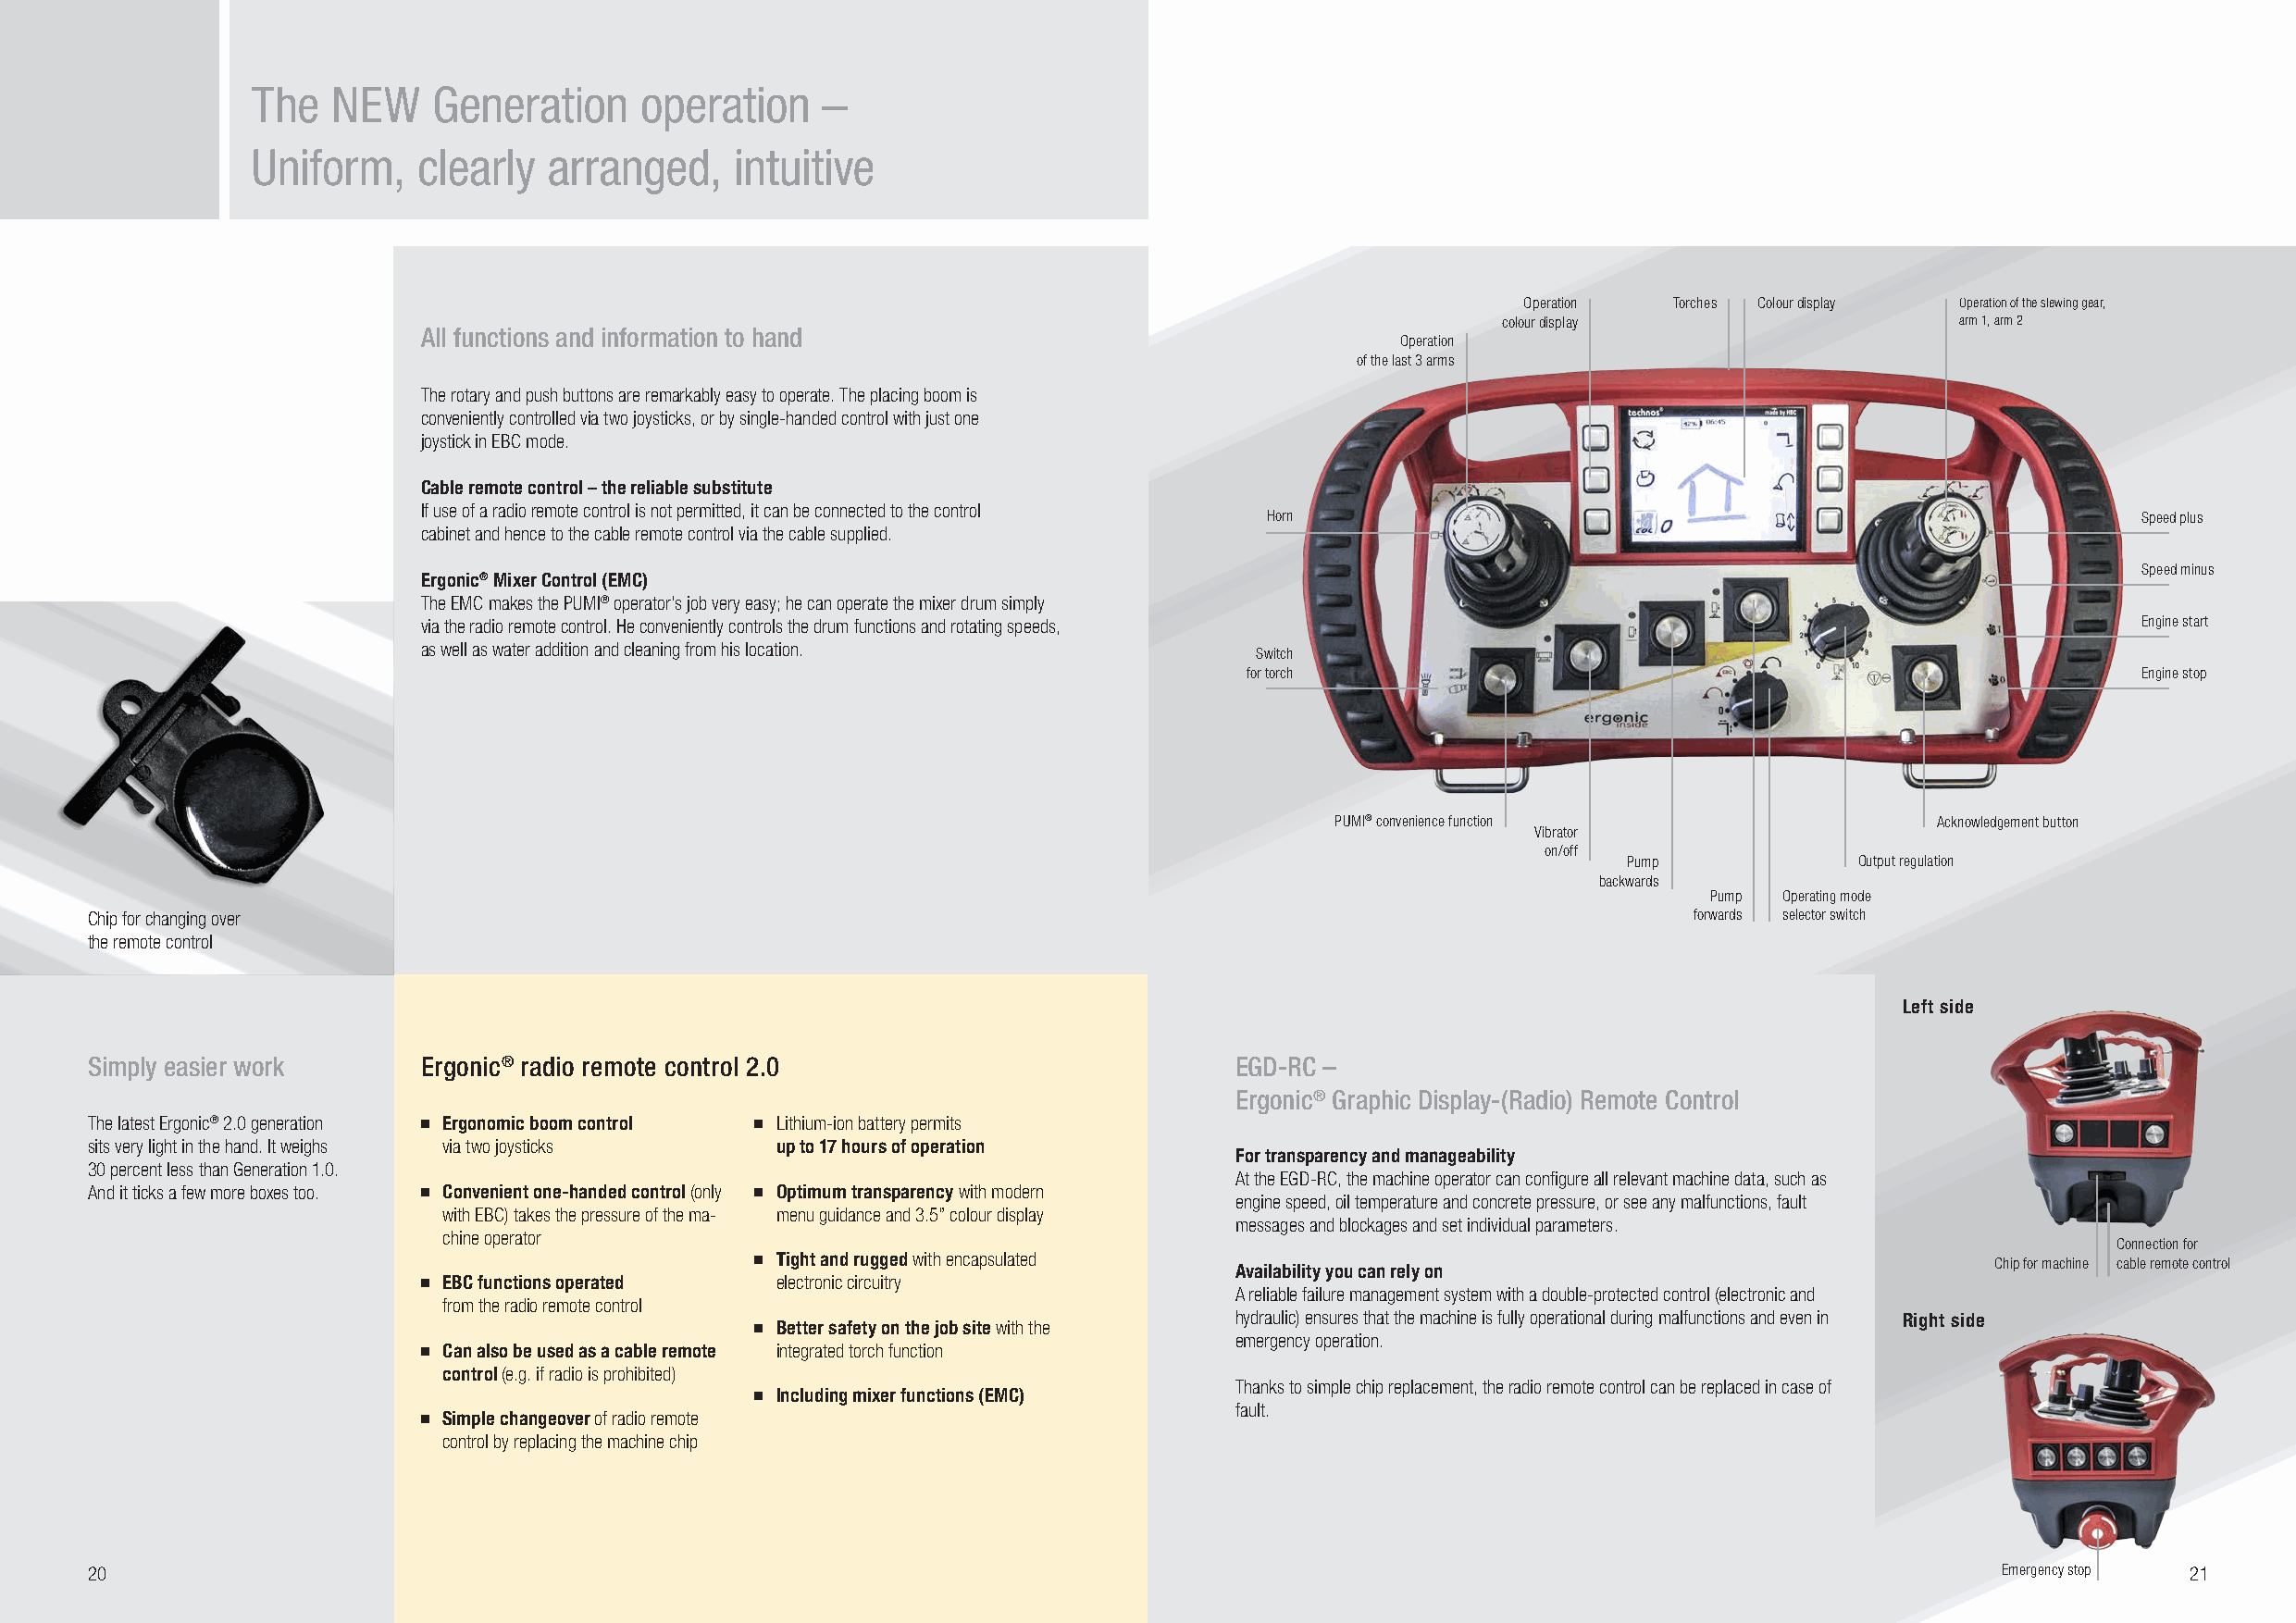
The   NEW    Generation     operation    –
 Uniform,    clearly  arranged,    intuitive
 Operation  Torches Colour display Operation of the slewing gear,
 colour display                   arm 1, arm 2
 All functions and information to hand
 Operation
 of the last 3 arms
 The rotary and push buttons are remarkably easy to operate. The placing boom is
 conveniently controlled via two joysticks, or by single-handed control with just one
 joystick in EBC mode.
 Cable remote control – the reliable substitute
 If use of a radio remote control is not permitted, it can be connected to the control
 Horn                                                          Speed plus
 cabinet and hence to the cable remote control via the cable supplied.
 Speed minus
 Ergonic® Mixer Control (EMC)
 The EMC makes the PUMI® operator’s job very easy; he can operate the mixer drum simply
 via the radio remote control. He conveniently controls the drum functions and rotating speeds,                             Engine start
 as well as water addition and cleaning from his l ocation.
 Switch
 for torch                                                       Engine stop
 PUMI® convenience function                  Acknowledgement button
 Vibrator
 on/off
 Pump             Output regulation
 b ackwards
 Pump  Operating mode
 Chip for changing over                                                                                             f orwards selector switch
 the remote control
 Left side
 Simply easier work      Ergonic® radio remote control 2.0                         EGD-RC –
 Ergonic® Graphic Display-(Radio) Remote Control
 The latest Ergonic® 2.0 generation ■■ Ergonomic boom control ■■ Lithium-ion battery permits
 sits very light in the hand. It weighs via two joysticks up to 17 hours of operation
 For transparency and manageability
 30 percent less than Generation 1.0.
 At the EGD-RC, the machine operator can configure all relevant machine data, such as
 And it ticks a few more boxes too. ■■ Convenient one-handed control (only ■■ Optimum transparency with modern
 engine speed, oil temperature and concrete pressure, or see any malfunctions, fault
 with EBC) takes the pressure of the ma- menu guidance and 3.5” colour display
 messages and blockages and set individual parameters.
 chine operator
 Connection for
 ■■ Tight and rugged with encapsulated                                                    Chip for machine cable remote control
 Availability you can rely on
 ■■ EBC functions operated electronic circuitry
 A reliable failure management system with a double-protected control (electronic and
 from the radio remote control
 hydraulic) ensures that the machine is fully operational during malfunctions and even in Right side
 ■■ Better safety on the job site with the
 emergency operation.
 ■■ Can also be used as a cable remote integrated torch function
 control (e.g. if radio is prohibited)
 Thanks to simple chip replacement, the radio remote control can be replaced in case of
 ■■ Including mixer functions (EMC)
 fault.
 ■■ S imple changeover of radio remote
 control by replacing the machine chip
 20                                                                                                                                       Emergency stop 21